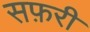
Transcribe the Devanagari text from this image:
सफ़री